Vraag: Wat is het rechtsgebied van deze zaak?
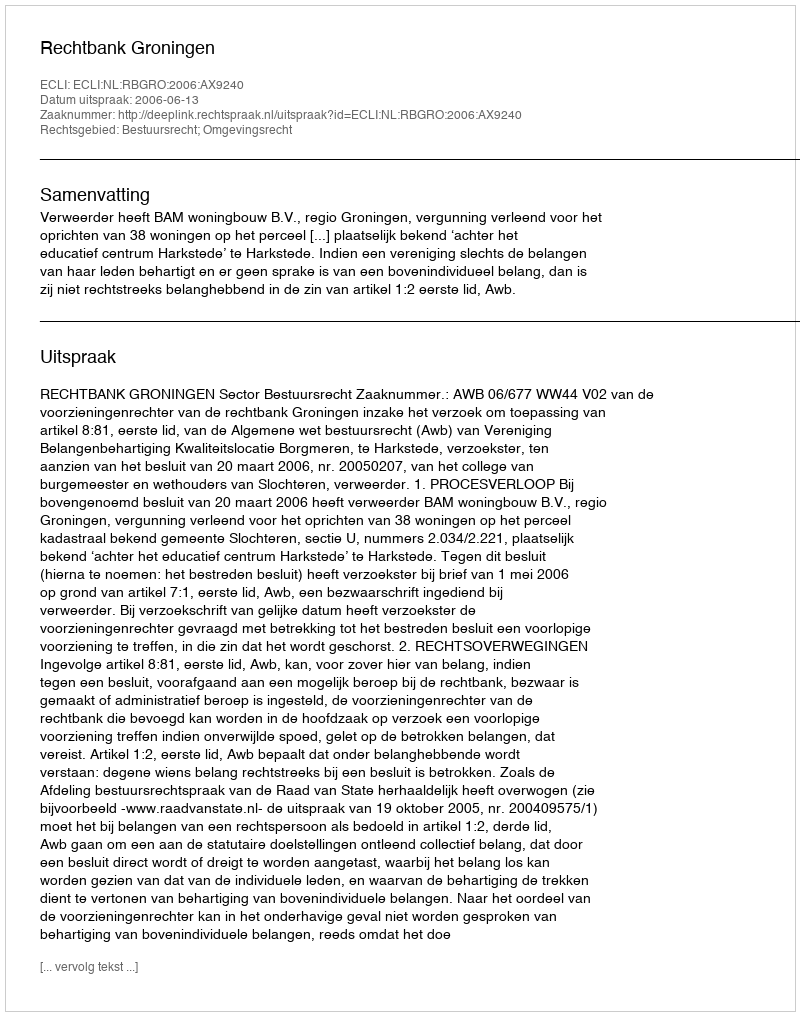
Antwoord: Bestuursrecht; Omgevingsrecht